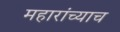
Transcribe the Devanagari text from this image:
महारांच्याच